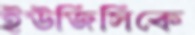
ইউজিসিকে